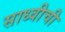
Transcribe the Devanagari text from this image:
साध्वीची